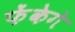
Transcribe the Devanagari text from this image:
फेंकेगे